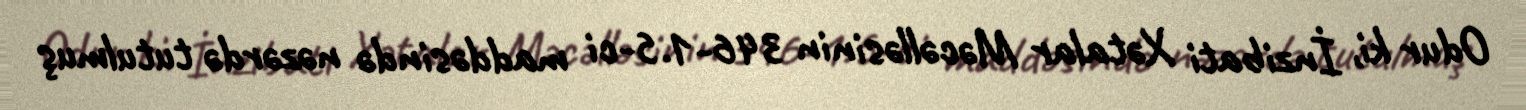
Odur ki, İnzibati Xətalar Məcəlləsinin 346-1.5-ci maddəsində nəzərdə tutulmuş